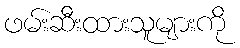
ဖမ်းဆီးထားသူများကို